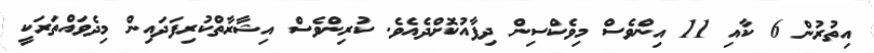
އިތުރުން 6 ކާއި 11 އިންވެސް މިވެކްސިން ދިފާއުކޮށްދެއެވެ. ކުރިންވެސް އިޝާރާތްކުރިފަދައިން މިދެވައްތަރަކީ